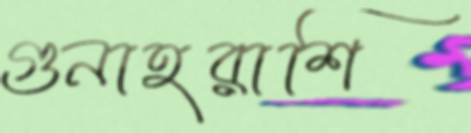
গুনাহরাশি